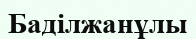
Баділжанұлы